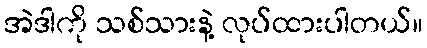
အဲဒါကို သစ်သားနဲ့ လုပ်ထားပါတယ်။